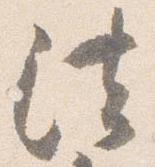
法